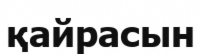
қайрасын